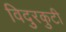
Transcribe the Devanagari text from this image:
विदुरकुटी